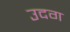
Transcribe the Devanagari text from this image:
उदग